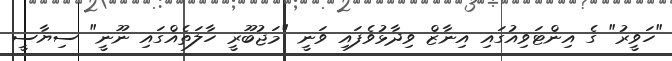
"ހަވީރު" ގެ އިންޓަވިއުގައި އިނާޒް ވިދާޅުވެފައި ވަނީ "މަޖުބޫރީ ހާލަތެއްގައި ނޫނީ" ސިޔާސީ